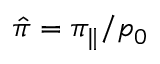
\hat { \pi } = \pi _ { \| } / p _ { 0 }